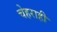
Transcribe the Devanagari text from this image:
चेहराही